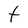
Character: t